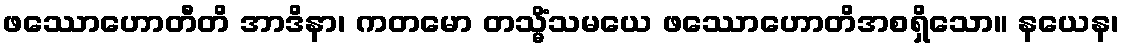
ဖဿောဟောတီတိ အာဒိနာ၊ ကတမော တသ္မိံသမယေ ဖဿောဟောတိအစရှိသော။ နယေန၊